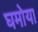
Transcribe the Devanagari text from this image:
घमोया